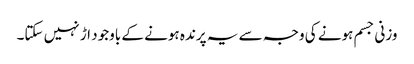
وزنی جسم ہونے کی وجہ سے یہ پرندہ ہونے کے باوجود اڑ نہیں سکتا۔